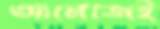
আমেজেই